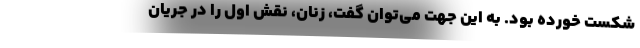
شکست خورده بود. به این جهت می‌توان گفت، زنان، نقش اول را در جریان